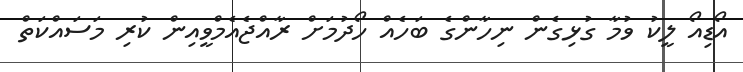
އޯޑިއޯ ލީކު ވުމާ ގުޅިގެން ނިހާންގެ ބަހެއް ހޯދުމަށް ރާއްޖެއެމްވީއިން ކުރި މަސައްކަތް